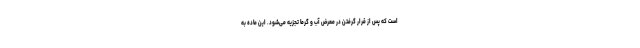
است که پس از قرار گرفتن در معرض آب و گرما تجزیه می‌شود. این ماده به